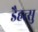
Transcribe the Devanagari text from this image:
डैहत्सु